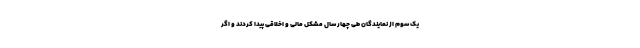
یک سوم از نمایندگان طی چهار سال مشکل مالی و اخلاقی پیدا کردند و اگر